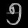
Digit: ၅